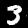
Label: 3